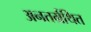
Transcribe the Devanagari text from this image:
अनतर्ग्रथित